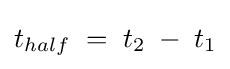
t_{half}\;=\;t_{2}\;-\;t_{1}\,\!